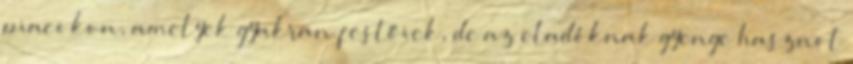
piacokon, amelyek gyakran festőiek, de az eladóknak gyenge hasznot